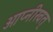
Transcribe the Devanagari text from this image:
ओप्नीखत्